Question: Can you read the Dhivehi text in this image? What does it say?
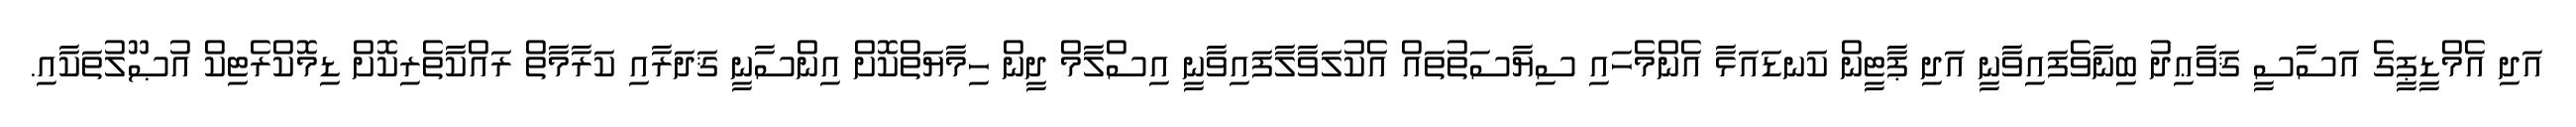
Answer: އަދި އެމްޑީޕީގެ އަސާސީ ޤަވާޢިދު ބިނާވެފައިވާނީ އަދި ޕާޓީން ކަނޑައަޅާ އެންމެހައި ސިޔާސަތުތައް އެކުލަވާލާފައިވާނީ އިސްލާމް ދީން ހިމާޔަތްކޮށް އިންސާނީ ޤަދަރާއި ކަރާމާތް ރައްކާތެރިކޮށް ޑިމޮކްރެޓިކް އުޞޫލުތަކާއި.